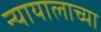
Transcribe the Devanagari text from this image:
न्यायालाच्या